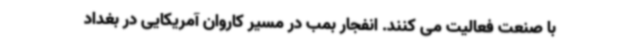
با صنعت فعالیت می کنند. انفجار بمب در مسیر کاروان آمریکایی در بغداد